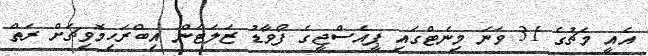
އެއީ މެޗުގެ 31 ވަނަ މިނެޓްގައި ޕީއެސްޖީގެ ފޯވާޑު ޒަލަޓަން އިބްރަހިމޮވިޗަށް ރަތް